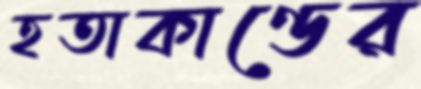
হতাকাণ্ডের